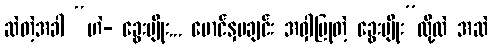
ဆဲတဲ့အခါ “ဟဲ- ခွေးမျိုး... မောင်နှမချင်း အဝှါပြုတဲ့ ခွေးမျိုး”လို့လဲ အဆဲ